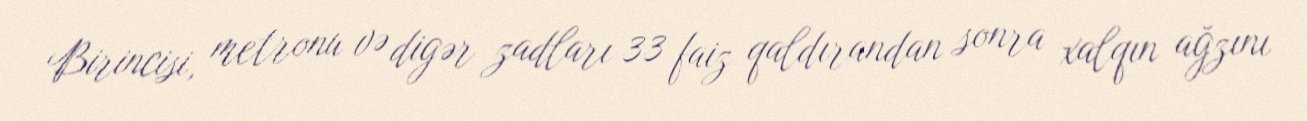
Birincisi, metronu və digər zadları 33 faiz qaldırandan sonra xalqın ağzını